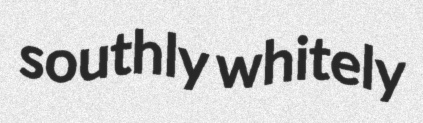
southly whitely